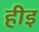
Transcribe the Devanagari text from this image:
हीइ